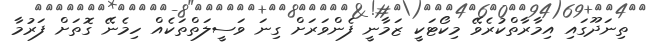
ތިނަދޫގައި އިމާރާތްކުރެވޭ މިކޯޓަކީ ޒަމާނީ ފެންވަރަށް ގިނަ ވަސީލަތްތަކެއް ހިމެނޭ ގޮތަށް ފަރުމާ